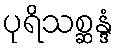
ပုရိသစ္ဆန္ဒံ